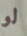
لو